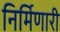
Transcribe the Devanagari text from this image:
निर्मिणारी